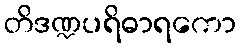
တိဒဏ္ဍပရိဓာရကော